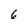
Character: 6